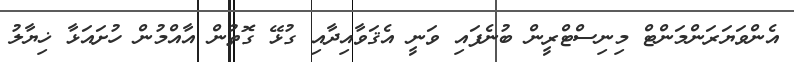
އެންވަޔަރަންމަންޓް މިނިސްޓްރީން ބުނެފައި ވަނީ އެޤަވާއިދާއި ގުޅޭ ގޮތުން އާއްމުން ހުށައަޅާ ޚިޔާލު